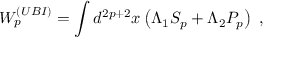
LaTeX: W _ { p } ^ { ( U B I ) } = \int d ^ { 2 p + 2 } x \left( \Lambda _ { 1 } S _ { p } + \Lambda _ { 2 } P _ { p } \right) \ ,